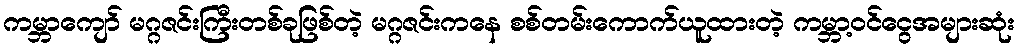
ကမ္ဘာကျော် မဂ္ဂဇင်းကြီးတစ်ခုဖြစ်တဲ့ မဂ္ဂဇင်းကနေ စစ်တမ်းကောက်ယူထားတဲ့ ကမ္ဘာ့ဝင်ငွေအများဆုံး